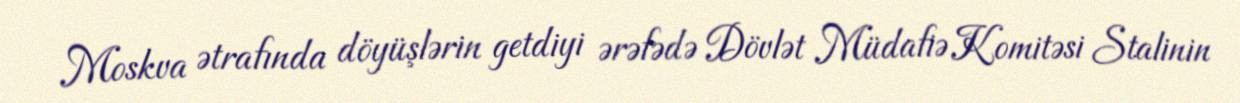
Moskva ətrafında döyüşlərin getdiyi ərəfədə Dövlət Müdafiə Komitəsi Stalinin